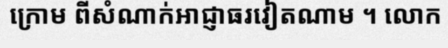
ក្រោម ពីសំណាក់អាជ្ញាធរវៀតណាម ។ លោក